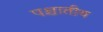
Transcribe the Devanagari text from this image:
पश्चातीय